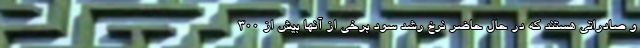
و صادراتی هستند که در حال حاضر نرخ رشد سود برخی از آنها بیش از 300